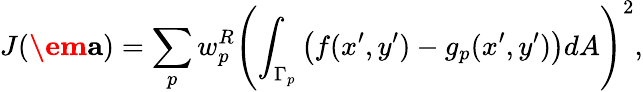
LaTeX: J(\textbf{\em a})=\sum_{p}w_{p}^{R}\left(\int_{\Gamma_{p}}\left(f(x^{\prime},y^{\prime})-g_{p}(x^{\prime},y^{\prime})\right)dA\right)^{2},